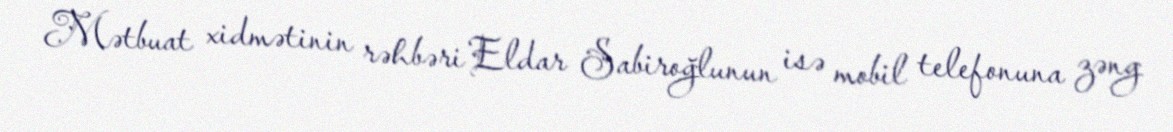
Mətbuat xidmətinin rəhbəri Eldar Sabiroğlunun isə mobil telefonuna zəng